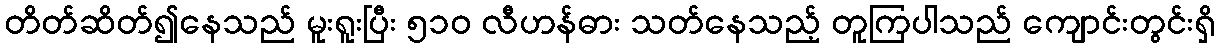
တိတ်ဆိတ်၍နေသည် မူးရူးပြီး ၅၁၀ လီဟန်ဓား သတ်နေသည့် တူကြပါသည် ကျောင်းတွင်းရှိ